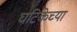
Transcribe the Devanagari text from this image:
घटिकेच्या